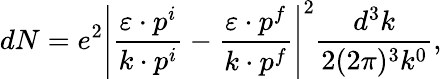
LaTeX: dN=e^{2}\left|\frac{\varepsilon\cdot p^{i}}{k\cdot p^{i}}-\frac{\varepsilon\cdot p^{f}}{k\cdot p^{f}}\right|^{2}\frac{d^{3}k}{2(2\pi)^{3}k^{0}},